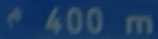
400 m